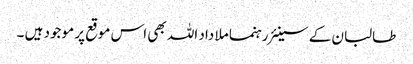
طالبان کے سینئر رہنما ملا داد اللہ بھی اس موقع پر موجود ہیں ۔